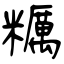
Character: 糲